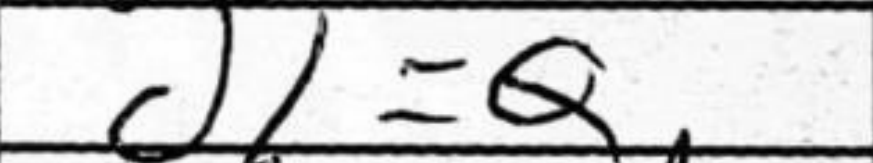
Transcription: d1=Q